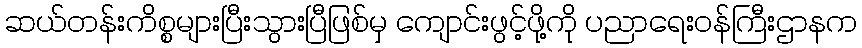
ဆယ်တန်းကိစ္စများပြီးသွားပြီဖြစ်မှ ကျောင်းဖွင့်ဖို့ကို ပညာရေးဝန်ကြီးဌာနက